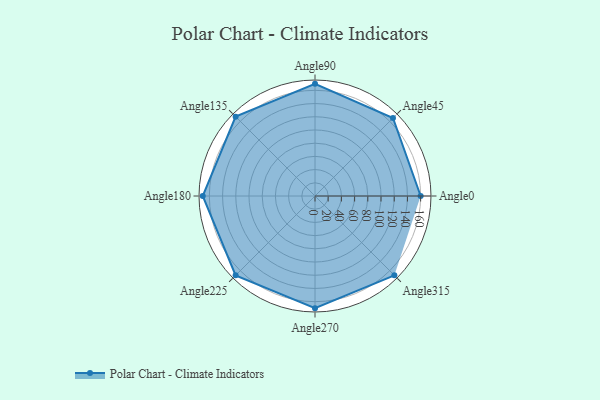
{"axis": {"x": "Angle", "y": "Radius"}, "legend": [""], "data": [{"x": "Angle0", "y": 160.0, "type": ""}, {"x": "Angle45", "y": 167.0, "type": ""}, {"x": "Angle90", "y": 170, "type": ""}, {"x": "Angle135", "y": 170, "type": ""}, {"x": "Angle180", "y": 170, "type": ""}, {"x": "Angle225", "y": 170, "type": ""}, {"x": "Angle270", "y": 170, "type": ""}, {"x": "Angle315", "y": 170, "type": ""}]}